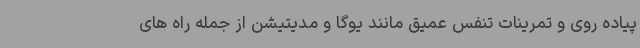
پیاده روی و تمرینات تنفس عمیق مانند یوگا و مدیتیشن از جمله راه های